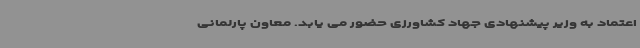
اعتماد به وزیر پیشنهادی جهاد کشاورزی حضور می یابد. معاون پارلمانی